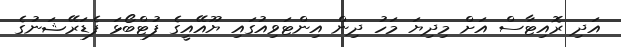
އަދި ރޮއިޓާސް އަށް މިދިޔަ މަހު ދިން އިންޓަވިއުގައި ޔޫއޭއީގެ ފުޓްބޯޅަ ފެޑަރޭޝަނުގެ